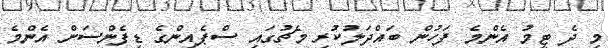
މި ދެ ޓީމު އެންމެ ފަހުން ބައްދަލުކުރި މެޗުގައި ސްޕެއިންގެ ޑިފެންސަށް އެންމެ